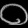
Digit: ၀